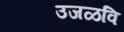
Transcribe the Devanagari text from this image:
उजळवि